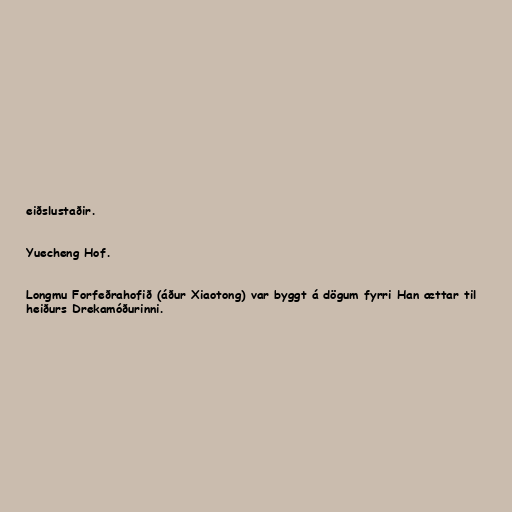
eiðslustaðir.

Yuecheng Hof.

Longmu Forfeðrahofið (áður Xiaotong) var byggt á dögum fyrri Han ættar til
heiðurs Drekamóðurinni.